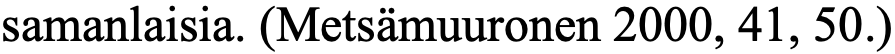
samanlaisia. (Metsämuuronen 2000, 41, 50.)